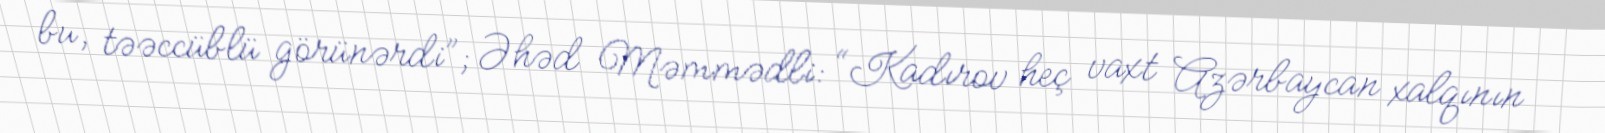
bu, təəccüblü görünərdi”; Əhəd Məmmədli: “Kadırov heç vaxt Azərbaycan xalqının